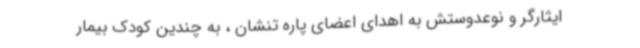
ایثارگر و نوعدوستش به اهدای اعضای پاره تنشان ، به چندین کودک بیمار